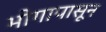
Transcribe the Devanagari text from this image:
भोगापासून